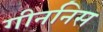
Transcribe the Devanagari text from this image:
गीननिस